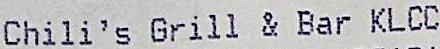
CHILI'S GRILL & BAR CKLCC